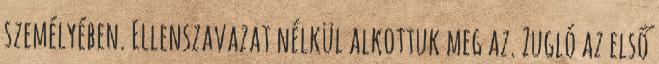
személyében. Ellenszavazat nélkül alkottuk meg az. Zugló az első